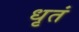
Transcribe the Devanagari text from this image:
धृतं